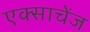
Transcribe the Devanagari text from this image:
एक्साचेंज